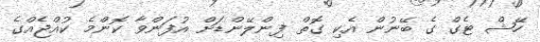
ހޭޝް ޓެގް ގެ ބޭނުން އެކި ގޮތް ފިންލޭންޑަށް އުފަންވާ ކޮންމެ ކުއްޖެއްގެ